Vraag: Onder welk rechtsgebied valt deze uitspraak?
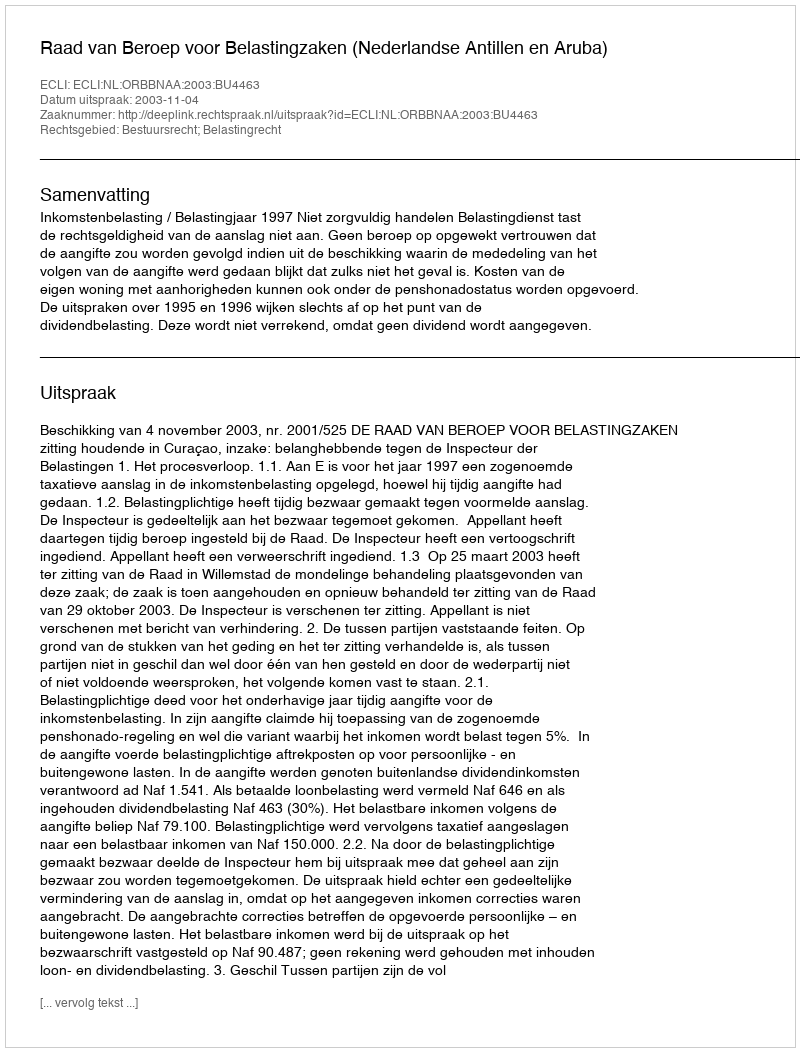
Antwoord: Bestuursrecht; Belastingrecht